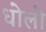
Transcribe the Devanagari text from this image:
धोलो